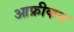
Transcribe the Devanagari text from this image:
आफ्रीकन